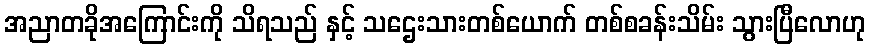
အညာတခိုအကြောင်းကို သိရသည် နှင့် သဌေးသားတစ်ယောက် တစ်စခန်းသိမ်း သွားပြီလောဟု